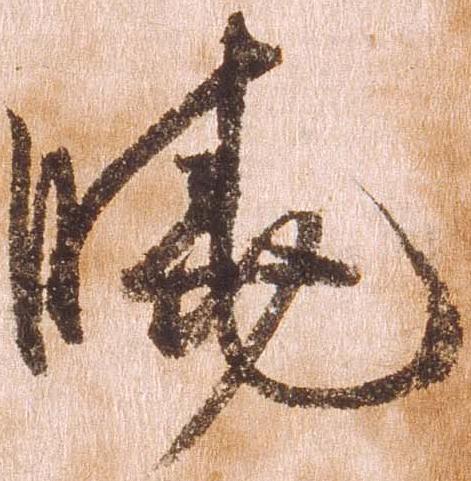
暁